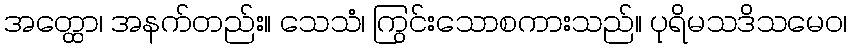
အတ္ထော၊ အနက်တည်း။ သေသံ၊ ကြွင်းသောစကားသည်။ ပုရိမသဒိသမေဝ၊